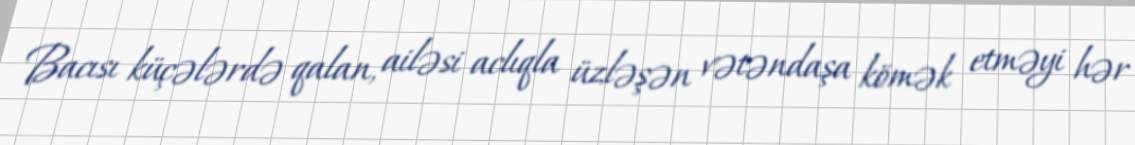
Bacısı küçələrdə qalan, ailəsi aclıqla üzləşən vətəndaşa kömək etməyi hər